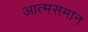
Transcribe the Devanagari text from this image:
आत्मसमान